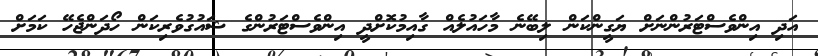
އަދި އިންވެސްޓަރުންނަށް ޔަގީންކަން ލިބޭނެ މާހައުލެއް ގާއިމުކޮށްދީ އިންވެސްޓަރުންގެ ޝައުގުވެރިކަން ހޯދަންޖެހޭ ކަމަށް